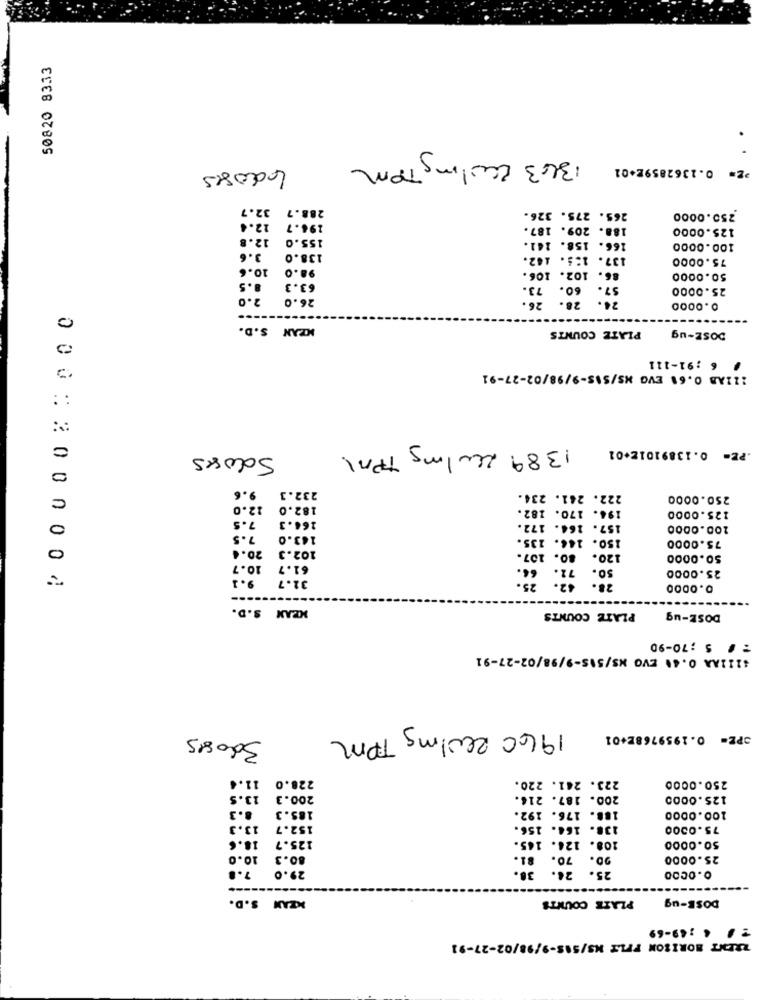
50820 8333
.
1343 Wiling Tom
PE= 0.1362859E+01
Ldoses
32.7
288.7
265. 275. 326.
250.0000
12.4
194.7
188. 209. 187.
125.0000
12.8
155.0
166. 158. 141.
100.0000
3.6
138.0
137. 1:3. 142.
75.0000
10.6
98.0
86. 102. 106.
.. 5
50.0000
63.3
60. 73.
57.
25.0000
2.0
26.0
26.
28.
0.0000
0
MEAN S.D.
PLATE COUNTS
DOSE-ug
6 : 91-111
111AB 0.61 EVG MS/SIS-9/98/02-27-91
1389 Zeulmg TPM
.PE= 0.13891012+01
Soloses
0
9.6
C
232.3
222. 241. 234.
250.0000
12.0
182.0
194. 170. 182.
7.5
125.0000
0
166.3
157. 164. 172.
200.0000
7.5
143.0
150. 144. 135.
75.0000
20.4
102.3
80. 107.
120.
50.0000
10.7
61.7
71.
50.
25.0000
9.1
32.7
25.
28.
0.0000
00012000004
MEAN S.D.
PLATE COUNTS
DOSE-ug
: # 5 ;70-90
#111AA 0.44 EVO NS/515-9/98/02-27-91
194C 2001mg TPM
320815
OPE= 0.1959768E+01
11.4
228.0
223. 241. 220.
250.0000
13.5
200.3
200. 187. 216.
125.0000
8.3
185.3
188. 176. 192.
100.0000
13.3
152.7
138. 164. 156.
75.0000
18.6
108. 124. 145.
125.7
50.0000
10.0
80.3
90. 70. 81.
25.0000
29.0 7.8
26. 38.
25.
0.0000
KZAN S.D.
PLATE COUNTS
DOSE-ug
: . .: 49-69
ZRENT HORISON FFLE NS/518-9/98/02-27-91